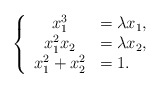
\begin{align*}\left\{\begin{array}{cl}x_1^3&=\lambda x_1,\\x_1^2x_2&=\lambda x_2,\\x_1^2+x_2^2&=1.\end{array}\right.\end{align*}